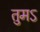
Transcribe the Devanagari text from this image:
तुमऽ